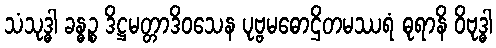
သံသုဒ္ဓါ ခန္ဓဉ္စ ဒိဋ္ဌမတ္တာဒိဝသေန ပုဗ္ဗမဓောဌိတမဿရံ ဓုရာနိ ဝိဗုဒ္ဓါ